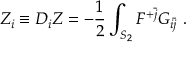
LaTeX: Z _ { i } \equiv D _ { i } Z = - { \frac { 1 } { 2 } } \int _ { S _ { 2 } } { \cal F } ^ { + \bar { j } } G _ { i \bar { j } } \ .